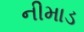
નીમાડ